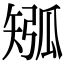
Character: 𥏩